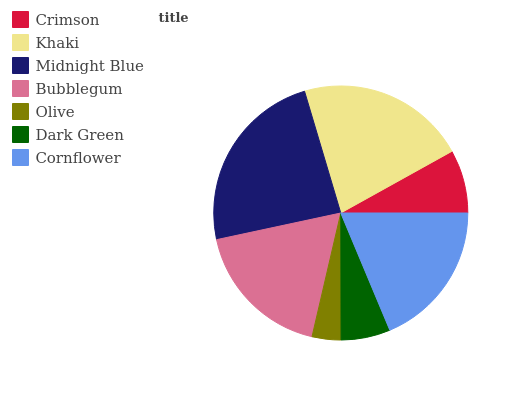
| Crimson | Khaki | Midnight Blue | Bubblegum | Olive | Dark Green | Cornflower |
 | --- | --- | --- | --- | --- | --- | --- |
 | 8.08% | 21.5% | 23.8% | 18% | 3.68% | 6.28% | 18.7% |